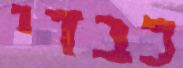
כבדי